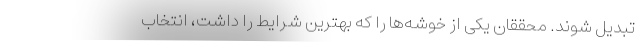
تبدیل شوند. محققان یکی از خوشه‌ها را که بهترین شرایط را داشت، انتخاب